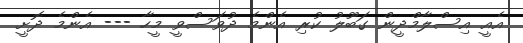
އެއީ އިސްލާމްދީން ގަބޫލު ކުރި އެންމެ ދުވަސްވީ މީހާ --- އެންމެ ދޮށީ